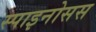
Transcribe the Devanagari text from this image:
स्पाइनोसस